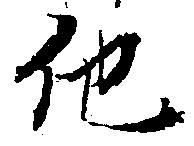
他